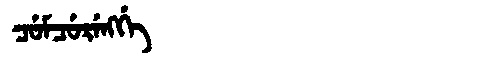
Manchu: ᠴᡠᠮᠴᡠᡵᡝᠩᡤᡝ
Romanization: CUMCURENGGE